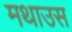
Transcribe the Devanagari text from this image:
मथाउस